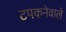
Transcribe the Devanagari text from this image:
टपकनेवाले